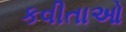
કવીતાઓ